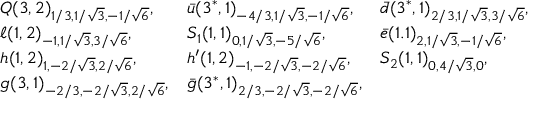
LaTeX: \begin{array} { l l l } { { Q ( 3 , 2 ) _ { 1 / 3 , 1 / \sqrt 3 , - 1 / \sqrt 6 } , } } & { { \bar { u } ( 3 ^ { \ast } , 1 ) _ { - 4 / 3 , 1 / \sqrt 3 , - 1 / \sqrt 6 } , } } & { { \bar { d } ( 3 ^ { \ast } , 1 ) _ { 2 / 3 , 1 / \sqrt 3 , 3 / \sqrt 6 } , \nonumber } } \\ { { \ell ( 1 , 2 ) _ { - 1 , 1 / \sqrt 3 , 3 / \sqrt 6 } , } } & { { S _ { 1 } ( 1 , 1 ) _ { 0 , 1 / \sqrt 3 , - 5 / \sqrt 6 } , } } & { { \bar { e } ( 1 . 1 ) _ { 2 , 1 / \sqrt 3 , - 1 / \sqrt 6 } , \nonumber } } \\ { { h ( 1 , 2 ) _ { 1 , - 2 / \sqrt 3 , 2 / \sqrt 6 } , } } & { { h ^ { \prime } ( 1 , 2 ) _ { - 1 , - 2 / \sqrt 3 , - 2 / \sqrt 6 } , } } & { { S _ { 2 } ( 1 , 1 ) _ { 0 , 4 / \sqrt 3 , 0 } , \nonumber } } \\ { { g ( 3 , 1 ) _ { - 2 / 3 , - 2 / \sqrt 3 , 2 / \sqrt 6 } , } } & { { \bar { g } ( 3 ^ { \ast } , 1 ) _ { 2 / 3 , - 2 / \sqrt 3 , - 2 / \sqrt 6 } , } } & { { } } \end{array}